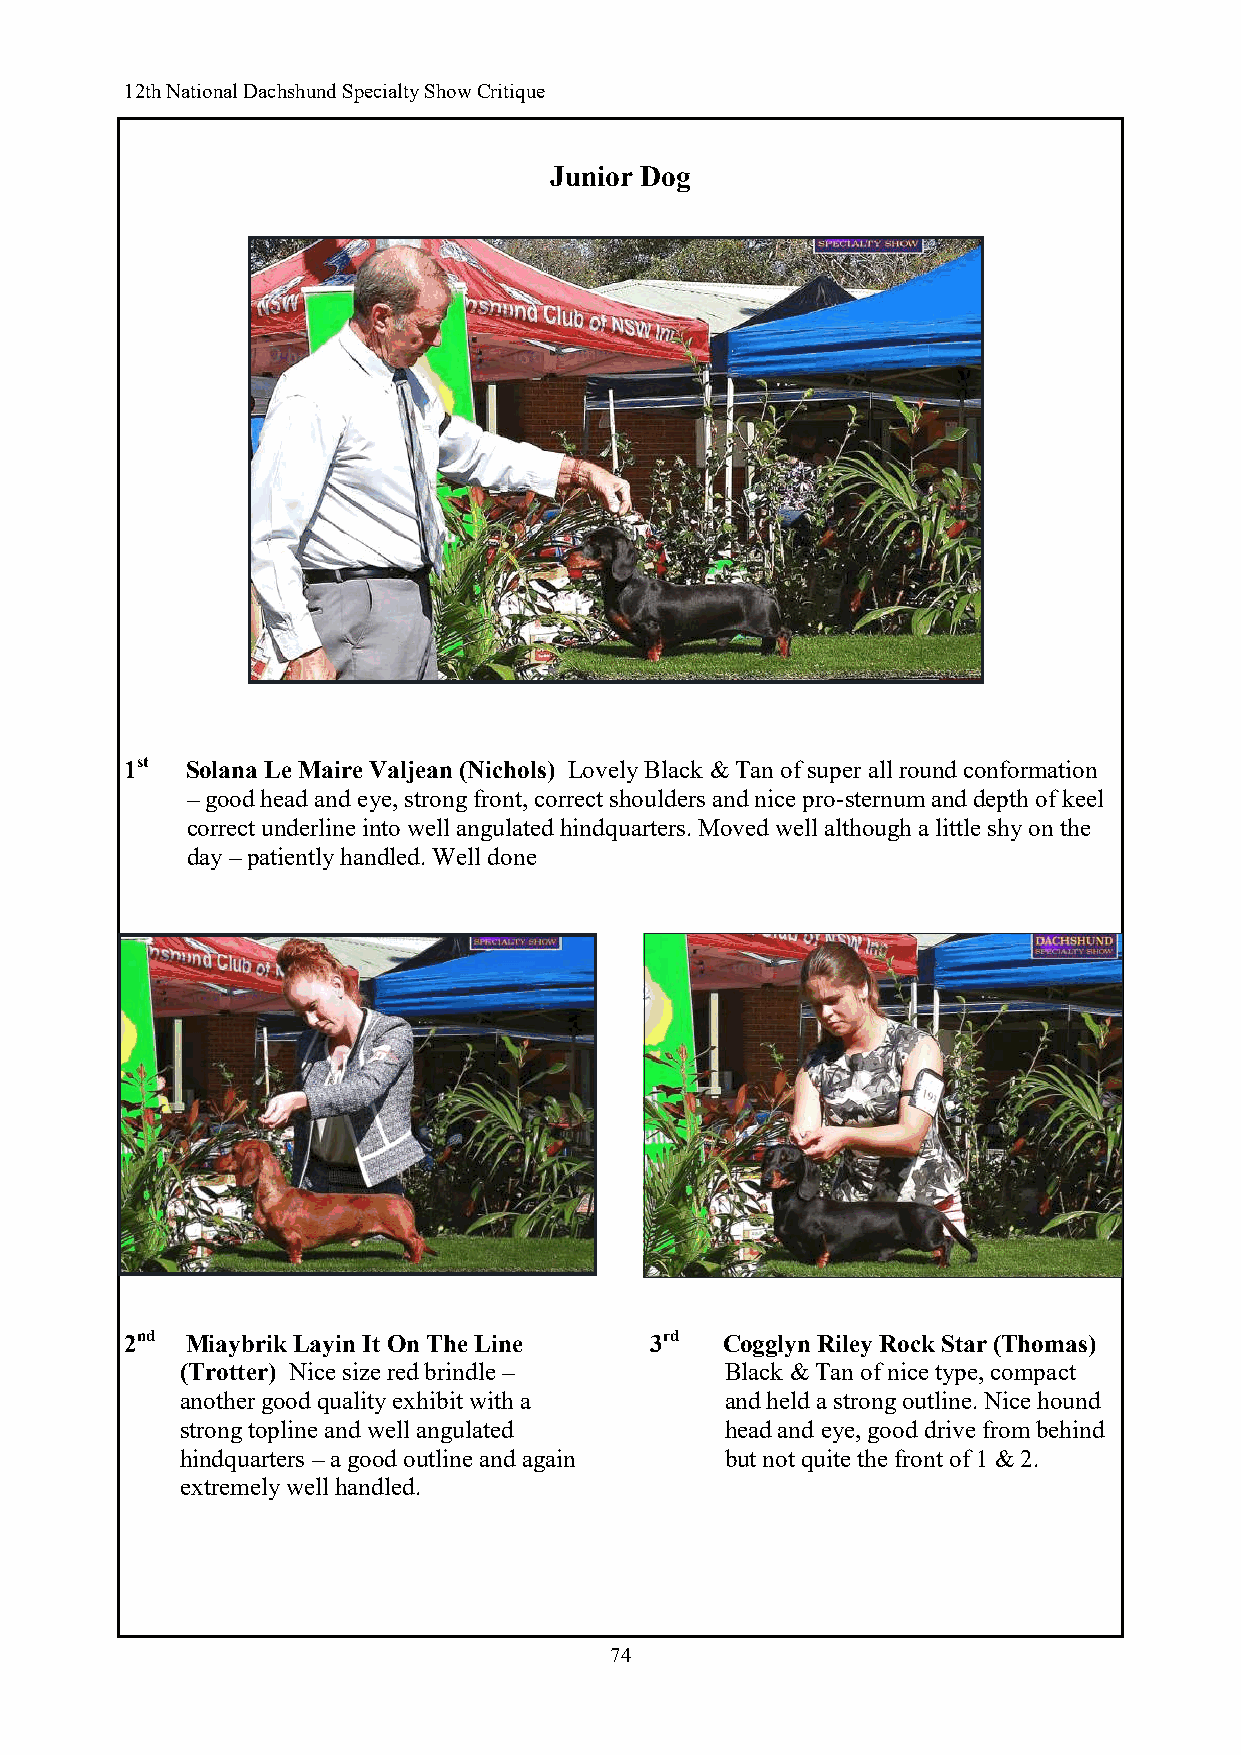
12th National Dachshund Specialty Show Critique
 Junior Dog
 1st Solana Le Maire Valjean (Nichols) Lovely Black & Tan of super all round conformation
 – good head and eye, strong front, correct shoulders and nice pro-sternum and depth of keel
 correct underline into well angulated hindquarters. Moved well although a little shy on the
 day – patiently handled. Well done
 .                                  .
 2nd Miaybrik Layin It On The Line  3rd  Cogglyn Riley Rock Star (Thomas)
 (Trotter) Nice size red brindle –   Black & Tan of nice type, compact
 another good quality exhibit with a and held a strong outline. Nice hound
 strong topline and well angulated   head and eye, good drive from behind
 hindquarters – a good outline and again but not quite the front of 1 & 2.
 extremely well handled.
 74